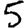
Digit: 5